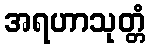
အရဟာသုတ္တံ